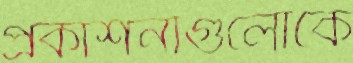
প্রকাশনাগুলোকে